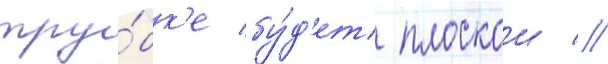
тру́бк'е бу́д'ет плоскои //